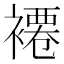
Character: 褼